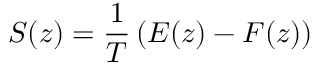
S ( z ) = \frac { 1 } { T } \left( E ( z ) - F ( z ) \right)